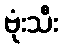
ဗုံးသီး